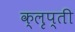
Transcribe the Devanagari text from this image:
क्लृप्ती